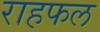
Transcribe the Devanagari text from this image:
राहफल